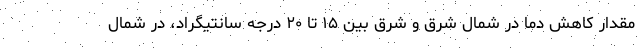
مقدار کاهش دما در شمال شرق و شرق بین ۱۵ تا ۲۰ درجه سانتیگراد، در شمال